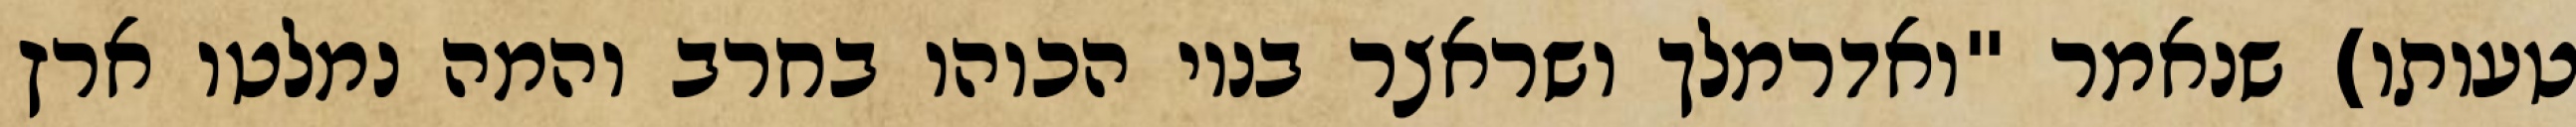
טעותו) שנאמר "ואדרמלך ושראצר בניו הכוהו בחרב והמה נמלטו ארץ